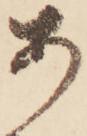
あ